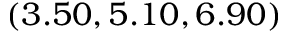
( 3 . 5 0 , 5 . 1 0 , 6 . 9 0 )